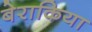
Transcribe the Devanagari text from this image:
बेराकिया